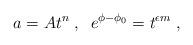
LaTeX: \begin{align*}a = A t^n \; , \; \; e^{\phi - \phi_0} = t^{\epsilon m} \; ,\end{align*}